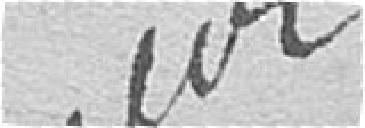
Zaur